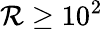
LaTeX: \mathcal{R}\geq 10^{2}